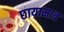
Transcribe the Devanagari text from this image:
छायामात्र